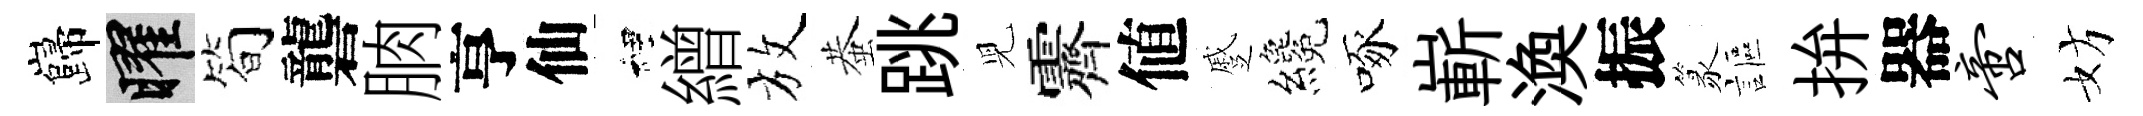
巋曜简礱朒亨仙裡繒放蛬跳児霽値蹙纔啄嶄渙振篆謳拚器啻妨